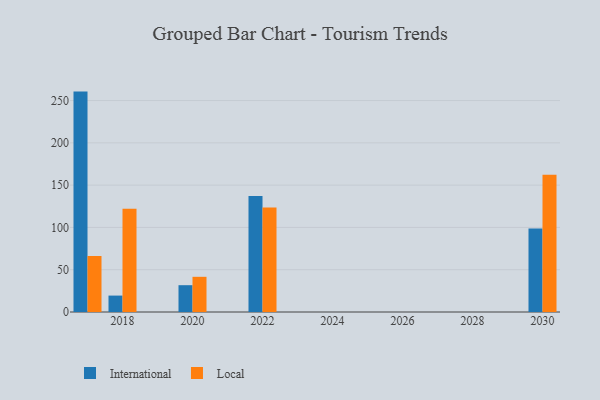
{"axis": {"x": "Year", "y": "Inventory Turnover"}, "legend": ["International", "Local"], "data": [{"x": "2030", "y": 98.8, "type": "International"}, {"x": "2030", "y": 162.3, "type": "Local"}, {"x": "2020", "y": 31.7, "type": "International"}, {"x": "2020", "y": 41.6, "type": "Local"}, {"x": "2018", "y": 19.4, "type": "International"}, {"x": "2018", "y": 122.2, "type": "Local"}, {"x": "2017", "y": 260.6, "type": "International"}, {"x": "2017", "y": 66.2, "type": "Local"}, {"x": "2022", "y": 137.3, "type": "International"}, {"x": "2022", "y": 123.7, "type": "Local"}]}